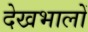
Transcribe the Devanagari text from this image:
देखभालों